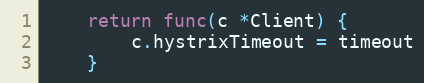
Language: Go
	return func(c *Client) {
		c.hystrixTimeout = timeout
	}